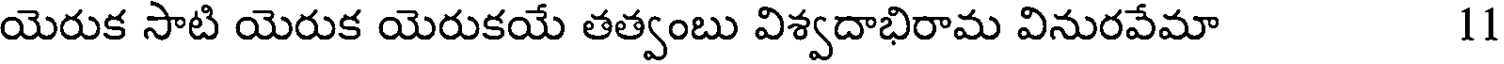
యెరుక సాటి యెరుక యెరుకయే తత్వంబు విశ్వదాభిరామ వినురవేమా 11